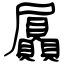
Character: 屭